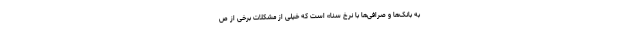
به بانک‌ها و صرافی‌ها با نرخ سنا» است که خیلی از مشکلات برخی از ص